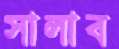
সালাব